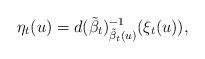
LaTeX: \begin{align*}\eta_t(u)=d(\tilde{\beta}_t)^{-1}_{\tilde{\beta}_t(u)}(\xi_t(u)),\end{align*}